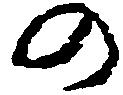
の